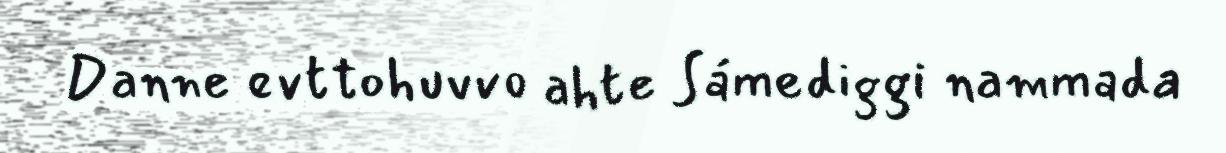
Danne evttohuvvo ahte Sámediggi nammada